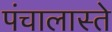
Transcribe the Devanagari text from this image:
पंचालास्ते